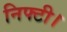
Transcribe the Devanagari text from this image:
निफ्टी।